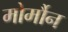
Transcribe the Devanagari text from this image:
मोर्मौन